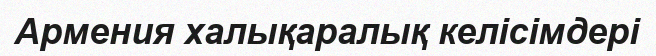
Армения халықаралық келісімдері